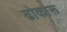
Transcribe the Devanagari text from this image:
ढोकारू